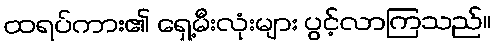
ထရပ်ကား၏ ရှေ့မီးလုံးများ ပွင့်လာကြသည်။